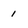
Character: 1